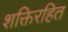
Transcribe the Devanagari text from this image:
शक्तिरहित